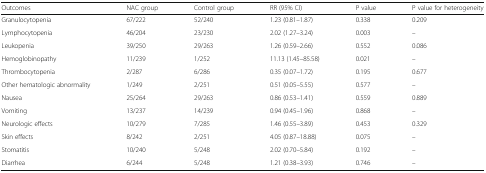
<table><thead><tr><td><b>Outcomes</b></td><td><b>NAC group</b></td><td><b>Control group</b></td><td><b>RR (95% CI)</b></td><td><b>P value</b></td><td><b>P value for heterogeneity</b></td></tr></thead><tbody><tr><td>Granulocytopenia</td><td>67/222</td><td>52/240</td><td>1.23 (0.81–1.87)</td><td>0.338</td><td>0.209</td></tr><tr><td>Lymphocytopenia</td><td>46/204</td><td>23/230</td><td>2.02 (1.27–3.24)</td><td>0.003</td><td>–</td></tr><tr><td>Leukopenia</td><td>39/250</td><td>29/263</td><td>1.26 (0.59–2.66)</td><td>0.552</td><td>0.086</td></tr><tr><td>Hemoglobinopathy</td><td>11/239</td><td>1/252</td><td>11.13 (1.45–85.58)</td><td>0.021</td><td>–</td></tr><tr><td>Thrombocytopenia</td><td>2/287</td><td>6/286</td><td>0.35 (0.07–1.72)</td><td>0.195</td><td>0.677</td></tr><tr><td>Other hematologic abnormality</td><td>1/249</td><td>2/251</td><td>0.51 (0.05–5.55)</td><td>0.577</td><td>–</td></tr><tr><td>Nausea</td><td>25/264</td><td>29/263</td><td>0.86 (0.53–1.41)</td><td>0.559</td><td>0.889</td></tr><tr><td>Vomiting</td><td>13/237</td><td>14/239</td><td>0.94 (0.45–1.96)</td><td>0.868</td><td>–</td></tr><tr><td>Neurologic effects</td><td>10/279</td><td>7/285</td><td>1.46 (0.55–3.89)</td><td>0.453</td><td>0.329</td></tr><tr><td>Skin effects</td><td>8/242</td><td>2/251</td><td>4.05 (0.87–18.88)</td><td>0.075</td><td>–</td></tr><tr><td>Stomatitis</td><td>10/240</td><td>5/248</td><td>2.02 (0.70–5.84)</td><td>0.192</td><td>–</td></tr><tr><td>Diarrhea</td><td>6/244</td><td>5/248</td><td>1.21 (0.38–3.93)</td><td>0.746</td><td>–</td></tr></tbody></table>